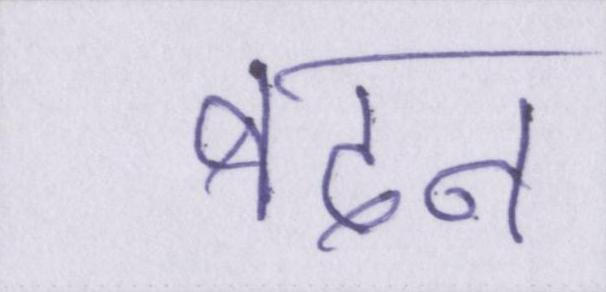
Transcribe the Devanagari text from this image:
बदन